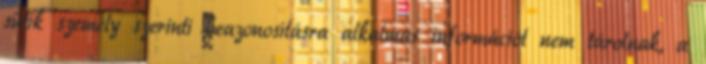
sütik személy szerinti beazonosításra alkalmas információt nem tárolnak, a